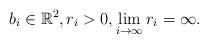
LaTeX: \begin{align*}b_i\in\mathbb{R}^2, r_i>0, \lim_{i\to\infty} r_i=\infty.\end{align*}